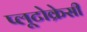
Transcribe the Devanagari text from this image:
प्लूटोक्रेसी